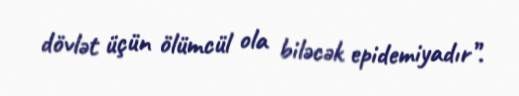
dövlət üçün ölümcül ola biləcək epidemiyadır”.